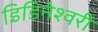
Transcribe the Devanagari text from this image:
डिडिनेश्वरी